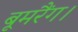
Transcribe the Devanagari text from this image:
बूमरैंग।